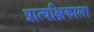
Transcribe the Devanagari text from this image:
प्रात्यक्षिकाला